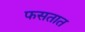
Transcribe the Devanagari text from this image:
फसतात